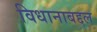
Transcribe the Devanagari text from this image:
विधानाबद्दल